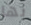
بها